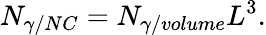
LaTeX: N_{\gamma/NC}=N_{\gamma/volume}L^{3}.